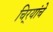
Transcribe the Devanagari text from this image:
चिर्‍यांचे